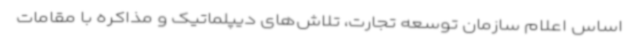
اساس اعلام سازمان توسعه تجارت، تلاش‌های دیپلماتیک و مذاکره با مقامات